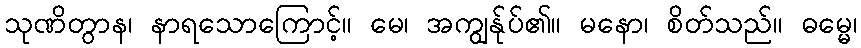
သုဏိတွာန၊ နာရသောကြောင့်။ မေ၊ အကျွန်ုပ်၏။ မနော၊ စိတ်သည်။ ဓမ္မေ၊